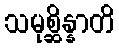
သမုစ္ဆိန္နာတိ